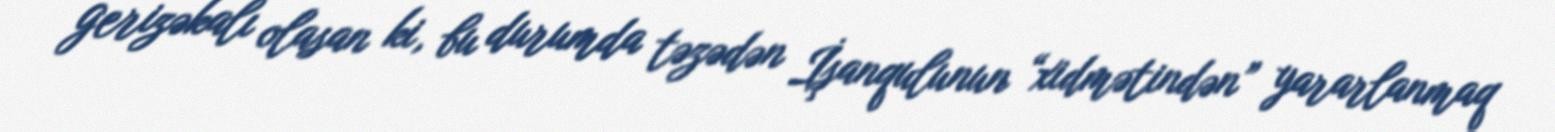
gerizəkalı olasan ki, bu durumda təzədən İşanqulunun “xidmətindən” yararlanmaq